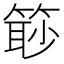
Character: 𥰚